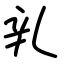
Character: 乵